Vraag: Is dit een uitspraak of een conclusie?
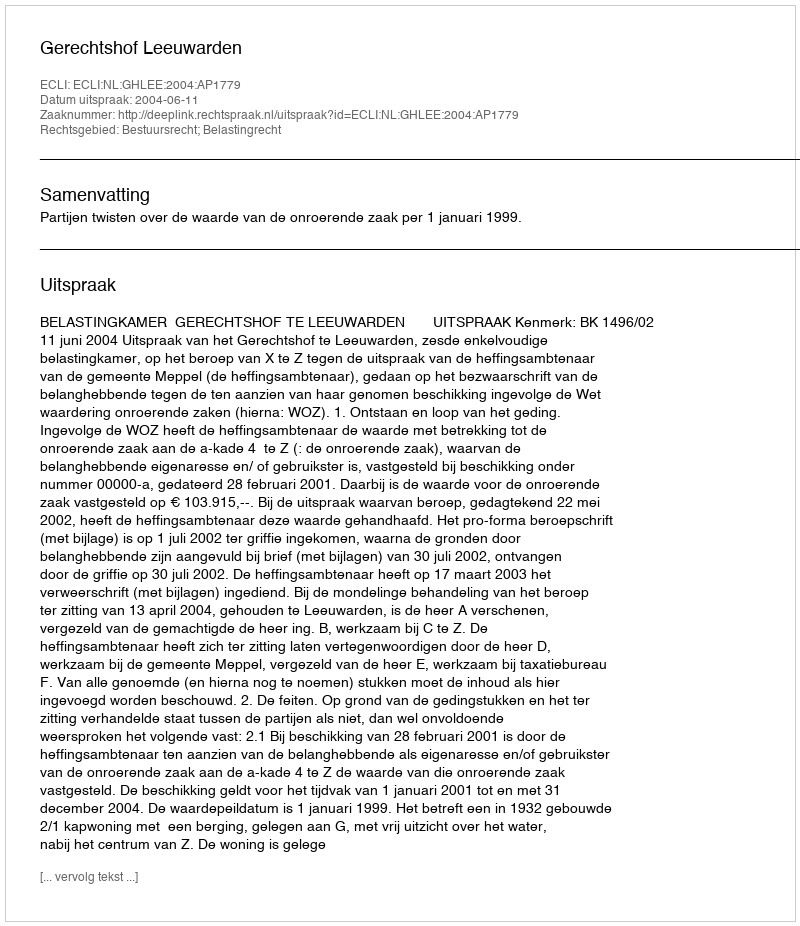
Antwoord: Uitspraak